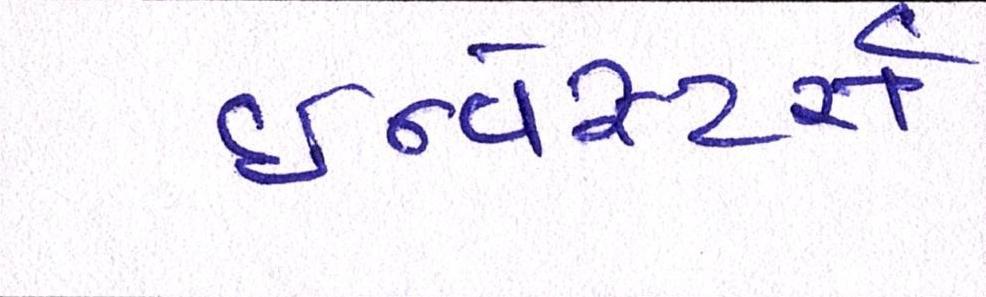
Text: ઇન્વેસ્ટર્સ